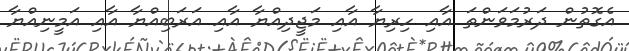
އެގޮތުން ދަރުމަވަންތަ އާއި ހިރިޔާ އާއި މަޖީދިއްޔާ އާއި އަރަބިއްޔާ އާއި އަމީނިއްޔާ